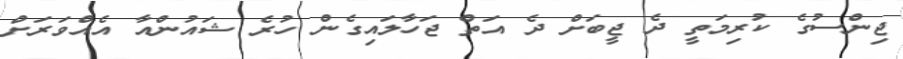
ޖިންސުގެ ކުރިމަތީ ދެ ޖީބަށް ދެ އަތް ޖަހާލައިގެން ހުރެ ޝައުންއާ އެއްވަރަށް